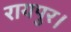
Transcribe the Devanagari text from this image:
रायपुर।